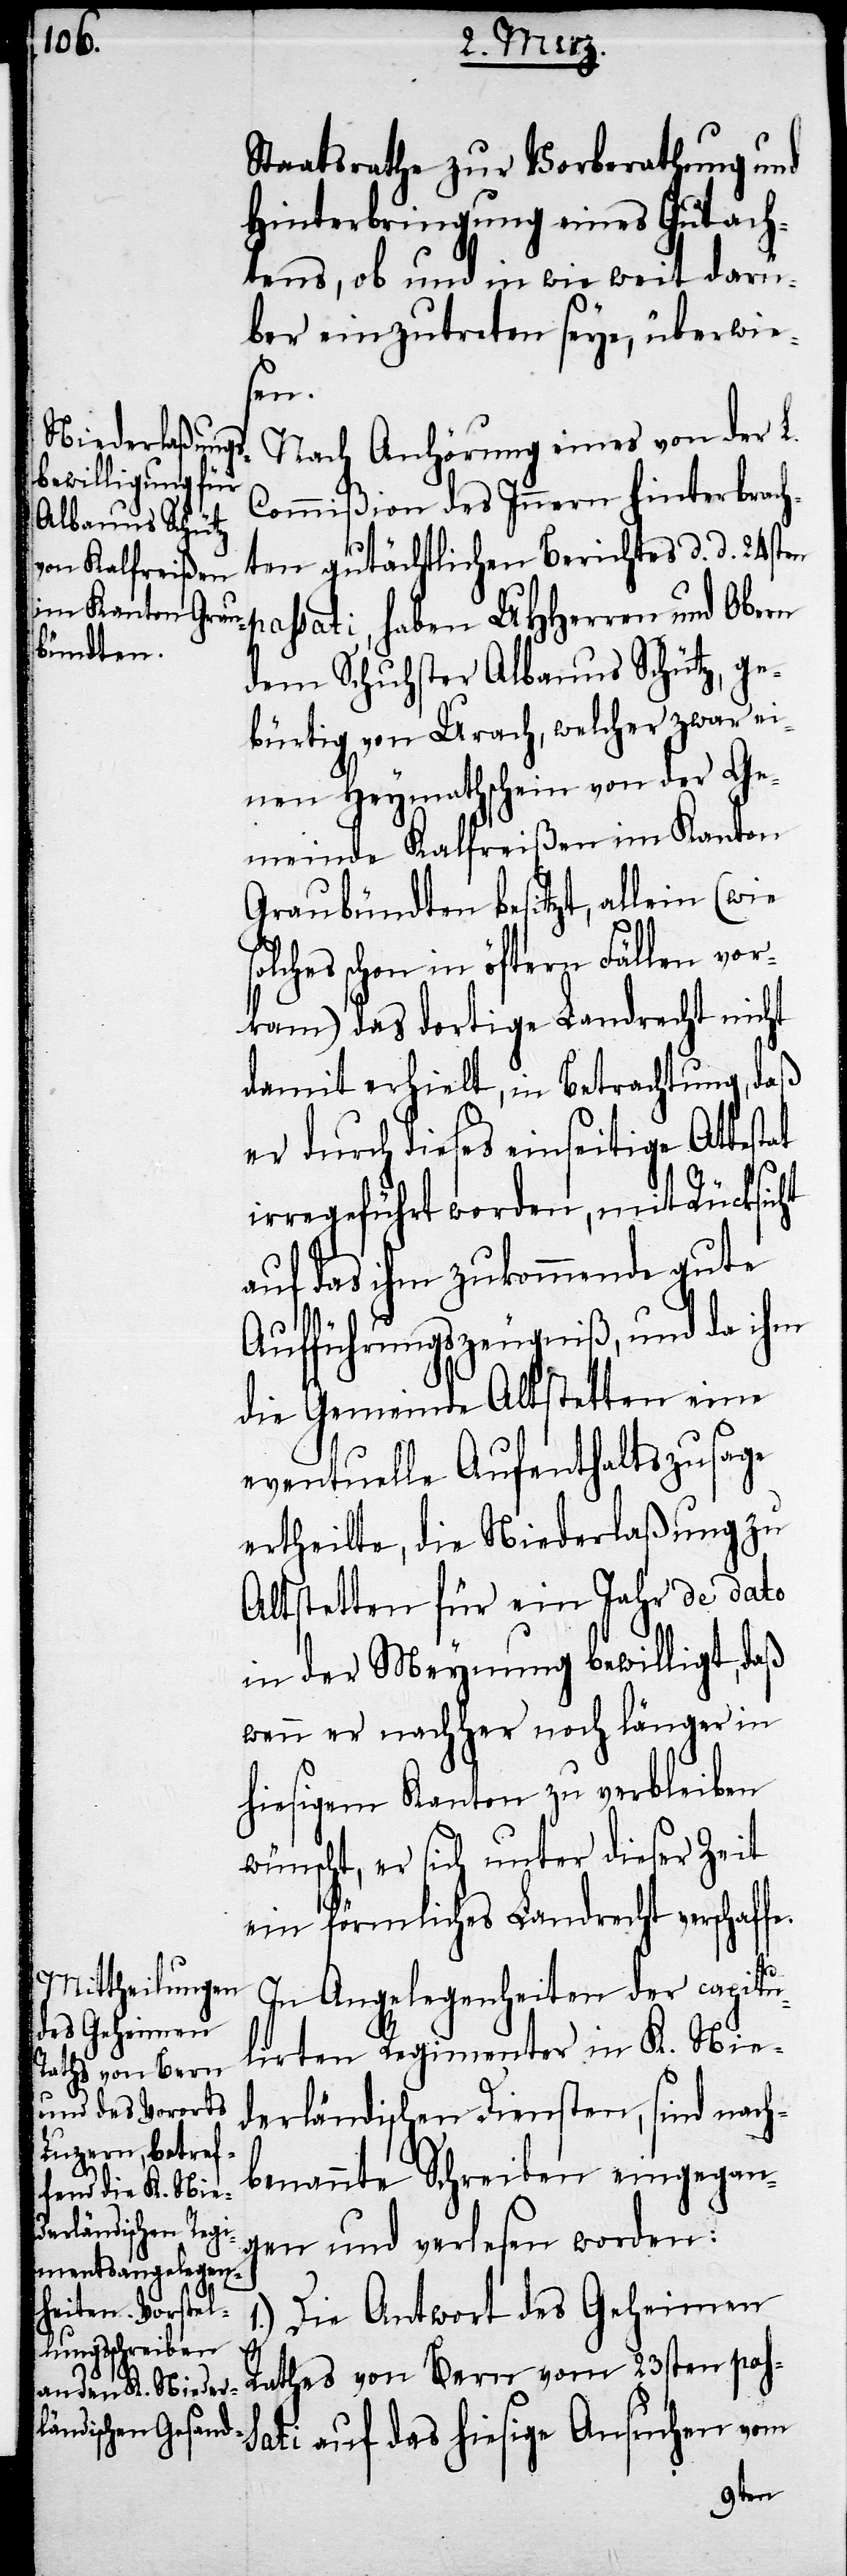
Staatsrathe zur Vorberathung und
Hinterbringung eines Gutach¬
tens, ob und in wie weit darü¬
ber einzutreten seye, überwie¬
fe.
Nach Anhörung eines von der L.
Commißion des Innern hinterbrach¬
ten gutächtlichen Berichtes d. d. 24ste¬
n passati, haben UHHerren und Obern
dem Schuhster Albanus Schütz, ge¬
bürtig von Urach, welcher zwar ei¬
nen Heymathschein von der Ge¬
meinde Kalfreißen im Kanton
Graubündten besitzt, allein (wie
olches schon in öftern Fällen vor¬
kam) das dortige Landrecht nicht
damit erhielt, in Betrachtung, daß
er durch dieses einseitige Attestat
irregeführt worden, mit Rücksicht
auf das ihm zukommende gute
Aufführungszeugniß, und da ihm
die Gemeinde Altstetten eine
eventuelle Aufenthaltszusage
ertheilte, die Niederlaßung zu
Altstetten für ein Jahr de dato
in der Meynung bewilligt, daß
wenn er nachher noch länger in
hiesigem Kanton zu verbleiben
wünscht, er sich unter dieser Zeit
ein förmliches Landrecht verschaf¬
In Angelegenheiten der capitu¬
lirten Regimenter in K. Nie¬
derländischen Diensten, sind nach¬
benannte Schreiben eingegan¬
gen und verlesen worden:
Die Antwort des Geheimen
1.)
Rathes von Bern vom 23sten pas¬
sati auf das hiesige Ansuchen vom